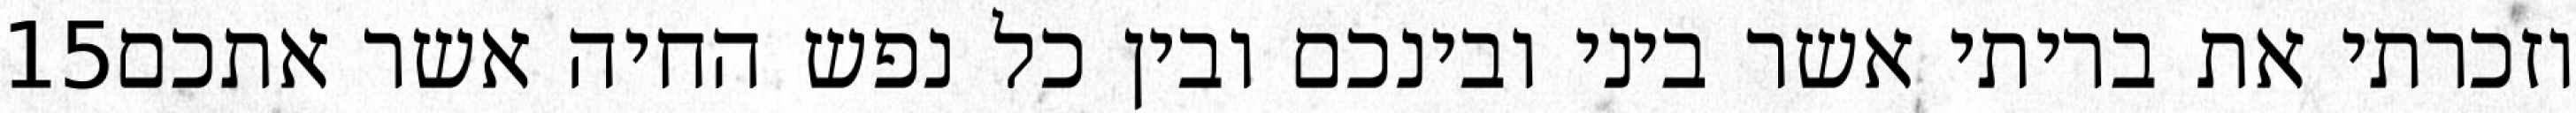
‎15‏ וזכרתי את בריתי אשר ביני ובינכם ובין כל נפש החיה אשר אתכם